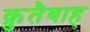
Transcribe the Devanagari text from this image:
क़ुतैबाह